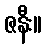
ဇနီး။